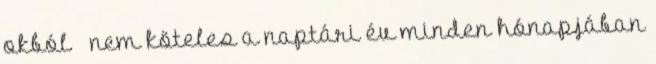
okból – nem köteles a naptári év minden hónapjában